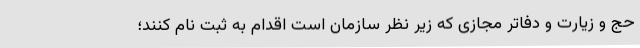
حج و زیارت و دفاتر مجازی که زیر نظر سازمان است اقدام به ثبت نام کنند؛